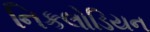
નિકલોડિયન